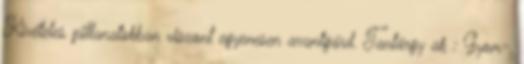
Kivételes pillanatokban viszont egyenesen avantgárd. Tantárgy ak : Gyom-,